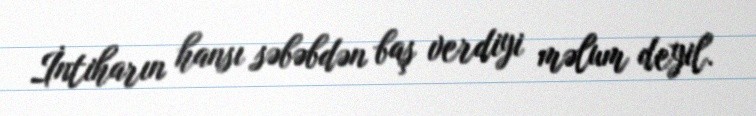
İntiharın hansı səbəbdən baş verdiyi məlum deyil.